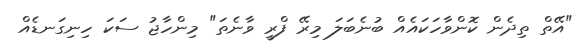
"އޭތް ތިދެން ކޮންވާހަކައެއް ބުނެބަލަ މިރޭ ފްރީ ވާނެތަ" މިންހާޖު ސަކަ ހިނިގަނޑެއް